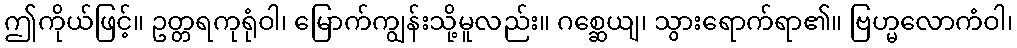
ဤကိုယ်ဖြင့်။ ဥတ္တရကုရုံဝါ၊ မြောက်ကျွန်းသို့မူလည်း။ ဂစ္ဆေယျ၊ သွားရောက်ရာ၏။ ဗြဟ္မလောကံဝါ၊